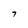
Character: 7